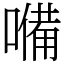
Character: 𡀠